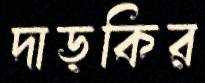
দাড়কির